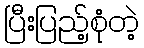
ပြီးပြည့်စုံတဲ့